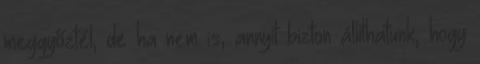
meggyőztél, de ha nem is, annyit bizton állíthatunk, hogy